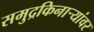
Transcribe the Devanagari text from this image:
समुद्रकिनाऱ्यांवर